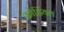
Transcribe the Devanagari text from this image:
कोर्डियल